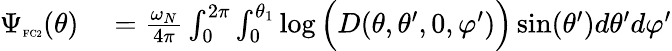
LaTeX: \begin{array}{rl}{\Psi_{\textnormal{\tiny{FC2}}}(\theta)}&{{}=\frac{\omega_{N}}{4\pi}\int_{0}^{2\pi}\int_{0}^{\theta_{1}}\log\Big(D(\theta,\theta^{\prime},0,\varphi^{\prime})\Big)\sin(\theta^{\prime})d\theta^{\prime}d\varphi^{\prime}}\end{array}